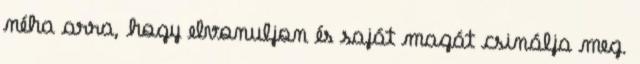
néha arra, hogy elvonuljon és saját magát csinálja meg.